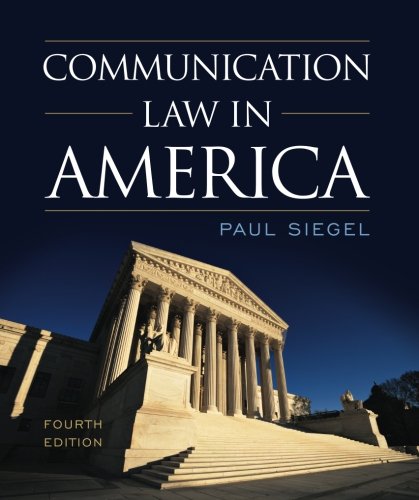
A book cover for Communication Law in America; Paul Siegel; Business & Money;